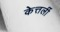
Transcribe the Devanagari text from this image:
केत्तर्ली